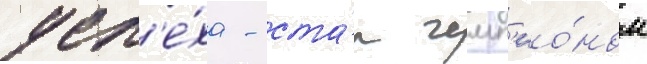
усп'е́ха - ста́л чемп'ио́ном